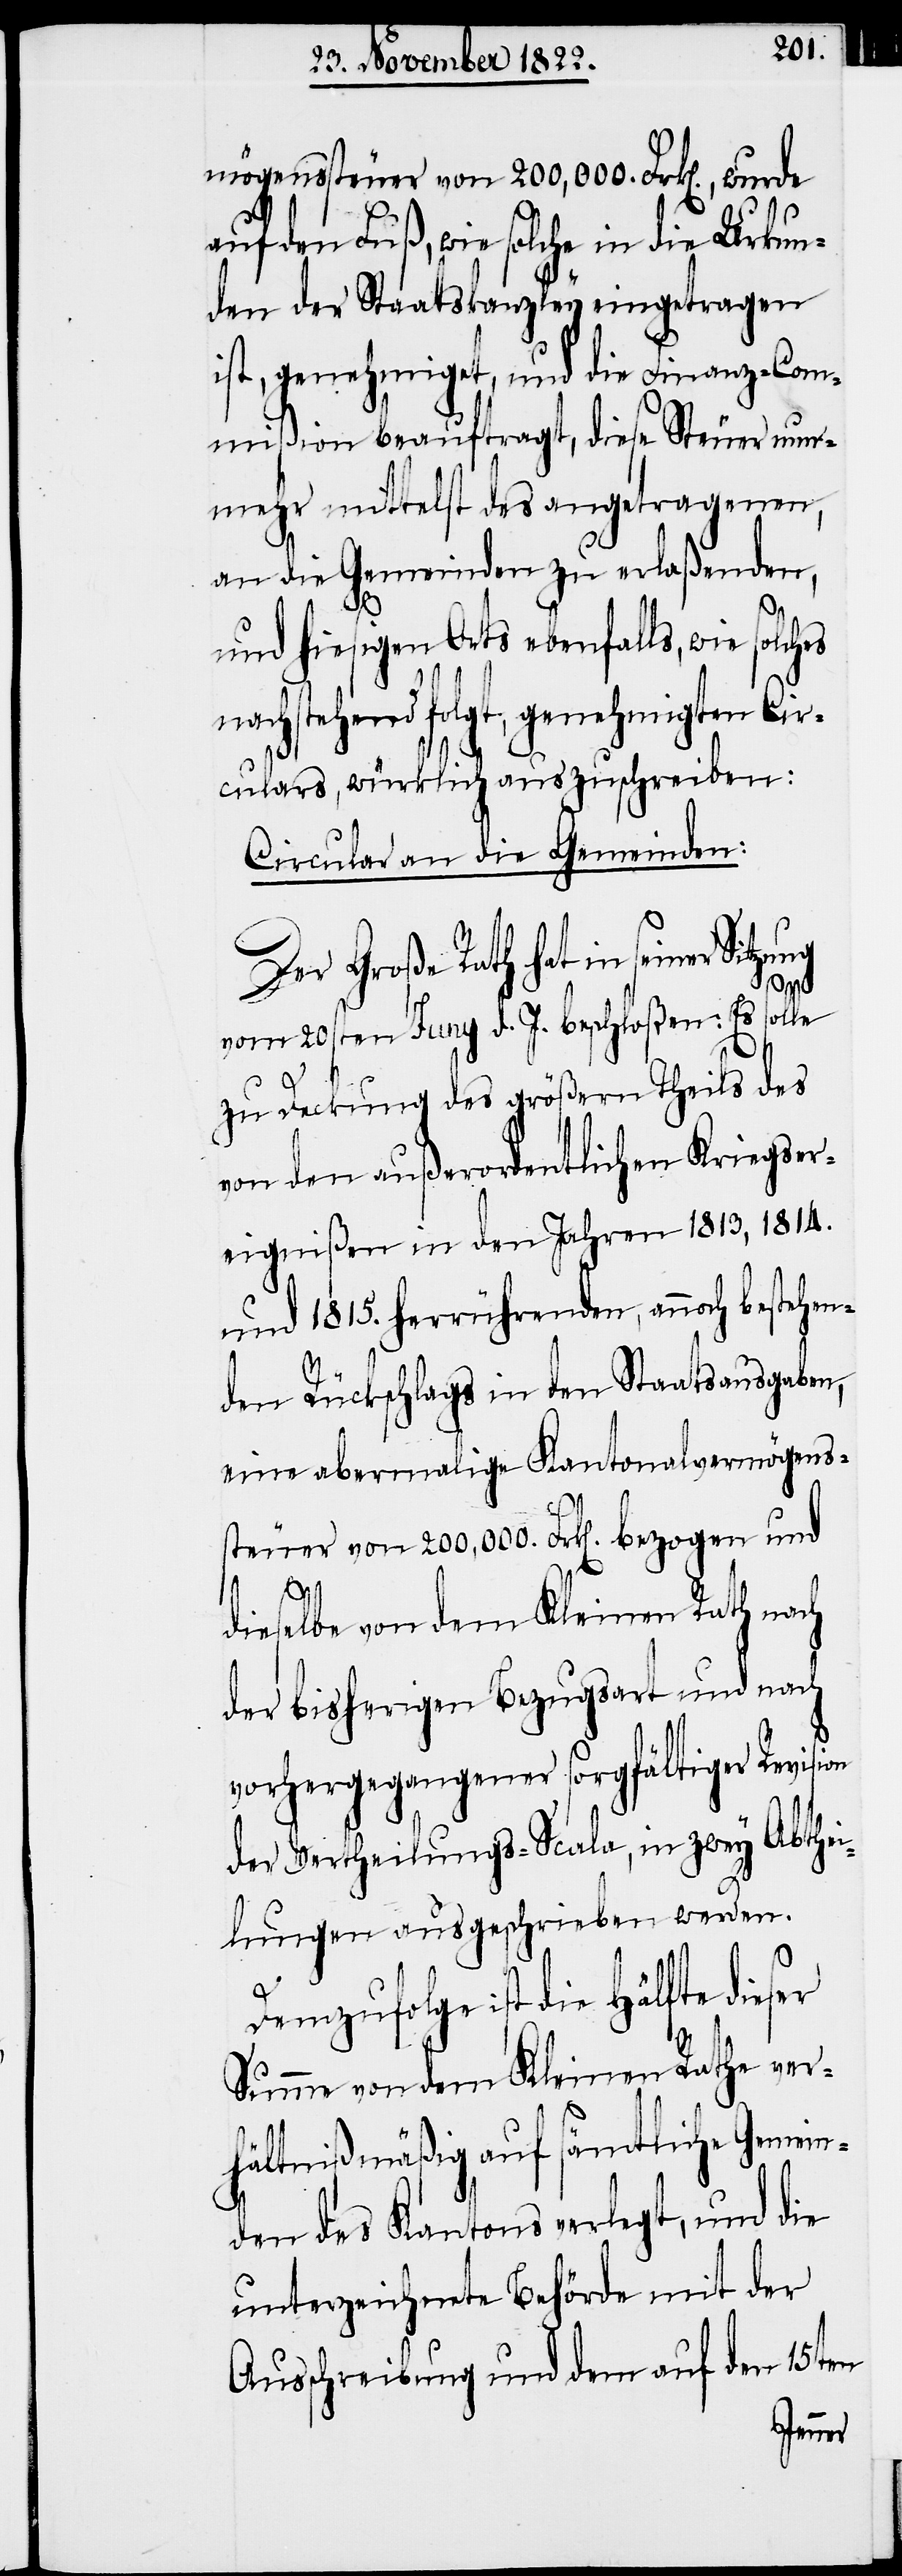
mögenssteuer von 200,000 Frk[en]., wurde
auf den Fuß, wie solche in die Urkun¬
de der Staatskanzley eingetragen
ist, genehmiget, und die Finanz-Com¬
mißion beauftragt, diese Steuer nun¬
mehr mittelst des angetragenen,
an die Gemeinden zu erlaßenden,
und hiesigen Orts ebenfalls, wie solches
nachstehend folgt, genehmigten Cir¬
culars, würklich auszuschreiben:
Circular an die Gemeinden:
Der Große Rath hat in seiner
Sitzung
vom 20sten Juny d. J. beschloßen: Es solle
zu Deckung des größern Theils des
von den außerordentlichen Kriegser¬
eignißen in den Jahren 1813, 1814.
und 1815. herrührenden, annoch bestehen¬
den Rückschlags in den Staatsausgaben,
eine abermalige Kantonalvermögens¬
steuer von 200,000. Frk[en]. bezogen und
dieselbe von dem Kleinen Rath nach
der bisherigen Bezugsart und nach
vorhergegangener sorgfältiger Revision
der Vertheilungs-Scala, in zwey Abthei¬
lungen ausgeschrieben werden.
Demzufolge ist die Hälfte dieser
Summe von dem Kleinen Rathe ver¬
hältnißmäßig auf sämtliche Gemein¬
den des Kantons verlegt, und die
unterzeichnete Behörde mit der
Ausschreibung und dem auf den 15ten